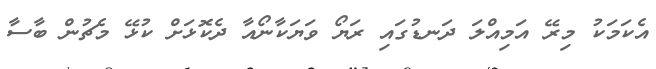
އެކަމަކު މިރޭ އަމިއްލަ ދަނޑުގައި ރަޔޯ ވަޔަކާނޯއާ ދެކޮޅަށް ކުޅޭ މެޗުން ބާސާ